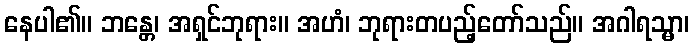
နေပါ၏။ ဘန္တေ၊ အရှင်ဘုရား။ အဟံ၊ ဘုရားတပည့်တော်သည်။ အဂါရသ္မာ၊